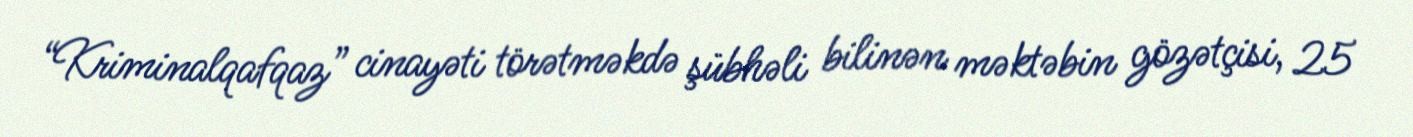
“Kriminalqafqaz” cinayəti törətməkdə şübhəli bilinən məktəbin gözətçisi, 25